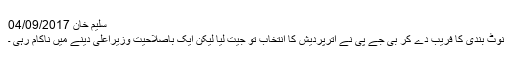
سلیم خان 04/09/2017
نوٹ بندی کا فریب دے کر بی جے پی نے اترپردیش کا انتخاب تو جیت لیا لیکن ایک باصلاحیت وزیراعلیٰ دینے میں ناکام رہی ۔